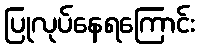
ပြုလုပ်နေရကြောင်း